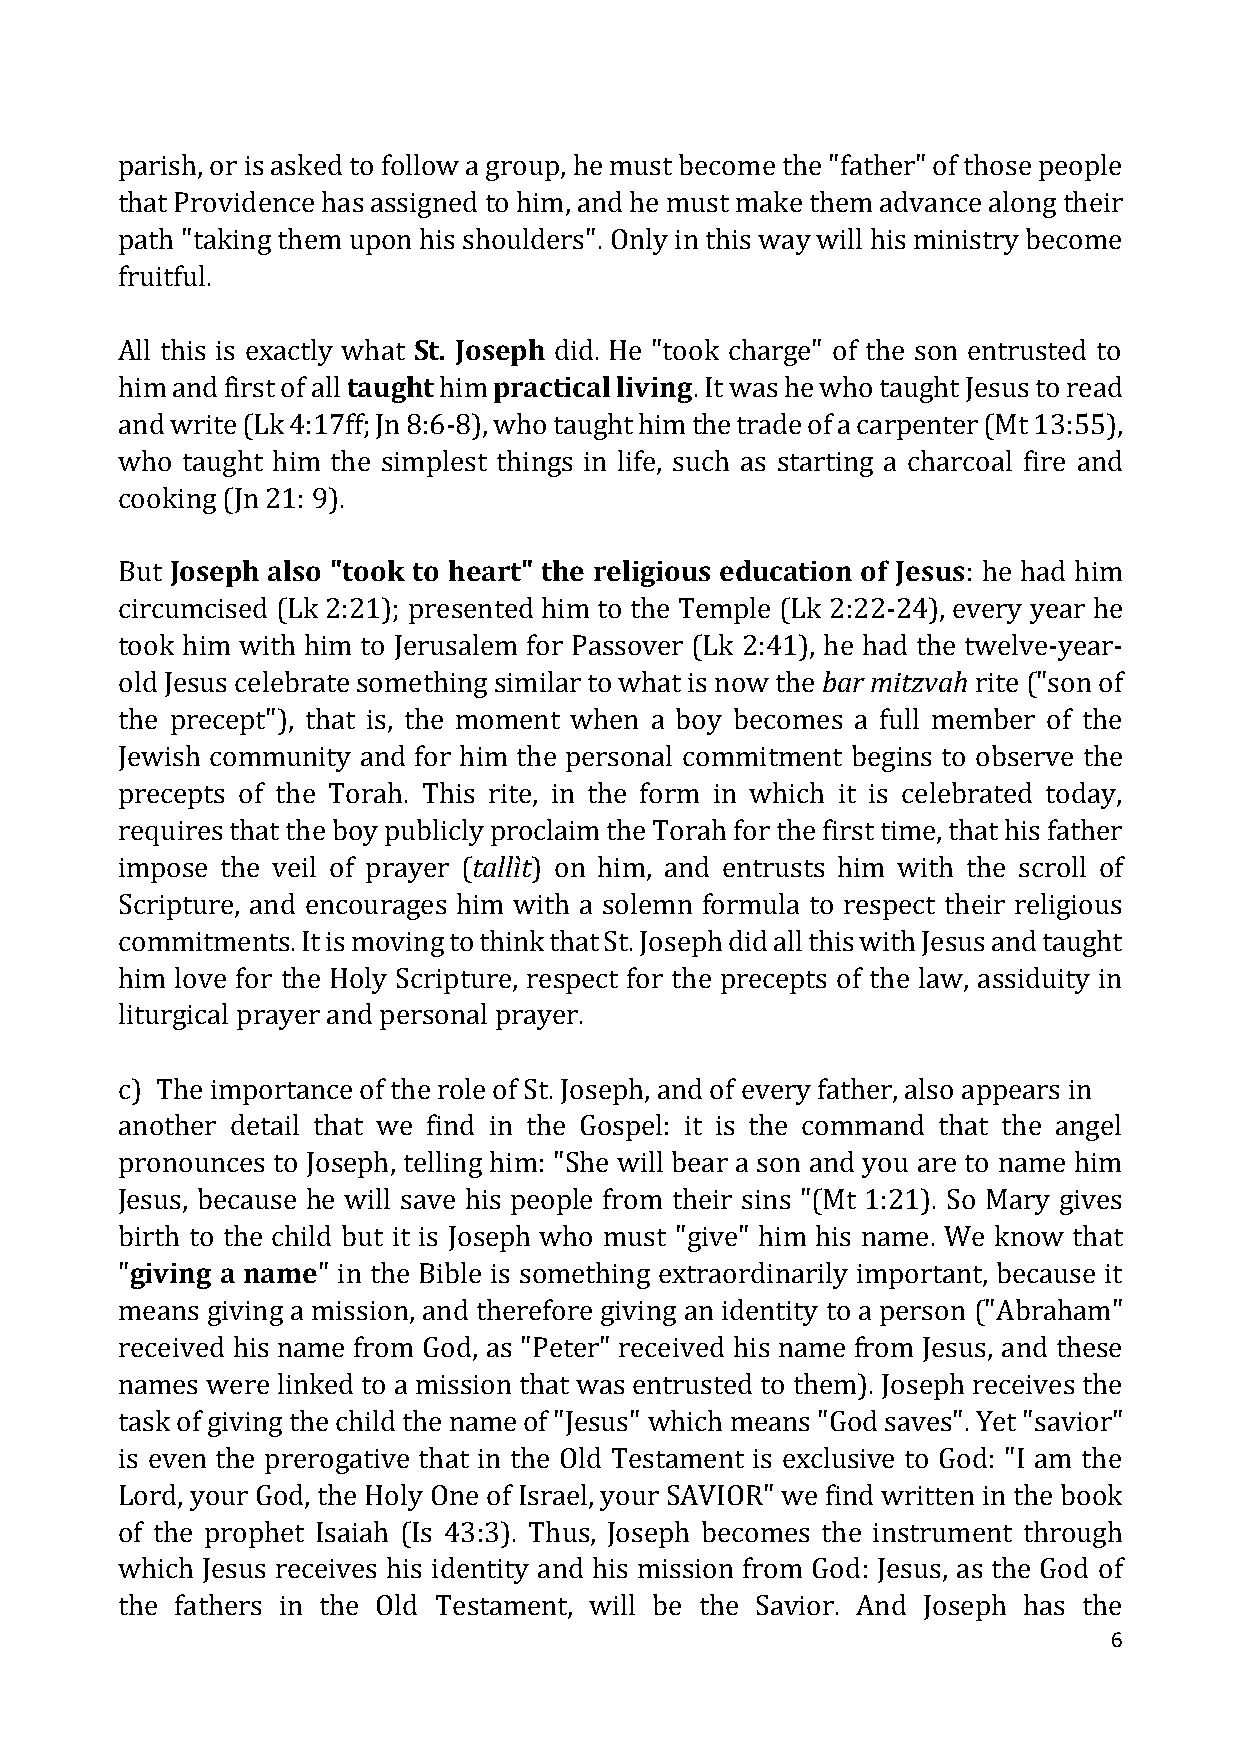
parish, or is asked to follow a group, he must become the "father" of those people
 that Providence has assigned to him, and he must make them advance along their
 path "taking them upon his shoulders". Only in this way will his ministry become
 fruitful.
 All this is exactly what St. Joseph did. He "took charge" of the son entrusted to
 him and first of all taught him practical living. It was he who taught Jesus to read
 and write (Lk 4:17ff; Jn 8:6-8), who taught him the trade of a carpenter (Mt 13:55),
 who taught him the simplest things in life, such as starting a charcoal fire and
 cooking (Jn 21: 9).
 But Joseph also "took to heart" the religious education of Jesus: he had him
 circumcised (Lk 2:21); presented him to the Temple (Lk 2:22-24), every year he
 took him with him to Jerusalem for Passover (Lk 2:41), he had the twelve-year-
 old Jesus celebrate something similar to what is now the bar mitzvah rite ("son of
 the precept"), that is, the moment when a boy becomes a full member of the
 Jewish community and for him the personal commitment begins to observe the
 precepts of the Torah. This rite, in the form in which it is celebrated today,
 requires that the boy publicly proclaim the Torah for the first time, that his father
 impose the veil of prayer (tallìt) on him, and entrusts him with the scroll of
 Scripture, and encourages him with a solemn formula to respect their religious
 commitments. It is moving to think that St. Joseph did all this with Jesus and taught
 him love for the Holy Scripture, respect for the precepts of the law, assiduity in
 liturgical prayer and personal prayer.
 c) The importance of the role of St. Joseph, and of every father, also appears in
 another detail that we find in the Gospel: it is the command that the angel
 pronounces to Joseph, telling him: "She will bear a son and you are to name him
 Jesus, because he will save his people from their sins "(Mt 1:21). So Mary gives
 birth to the child but it is Joseph who must "give" him his name. We know that
 "giving a name" in the Bible is something extraordinarily important, because it
 means giving a mission, and therefore giving an identity to a person ("Abraham"
 received his name from God, as "Peter" received his name from Jesus, and these
 names were linked to a mission that was entrusted to them). Joseph receives the
 task of giving the child the name of "Jesus" which means "God saves". Yet "savior"
 is even the prerogative that in the Old Testament is exclusive to God: "I am the
 Lord, your God, the Holy One of Israel, your SAVIOR" we find written in the book
 of the prophet Isaiah (Is 43:3). Thus, Joseph becomes the instrument through
 which Jesus receives his identity and his mission from God: Jesus, as the God of
 the fathers in the Old Testament, will be the Savior. And Joseph has the
 6